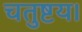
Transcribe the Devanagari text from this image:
चतुष्टय।